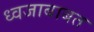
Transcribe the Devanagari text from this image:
ध्वजाबाबत